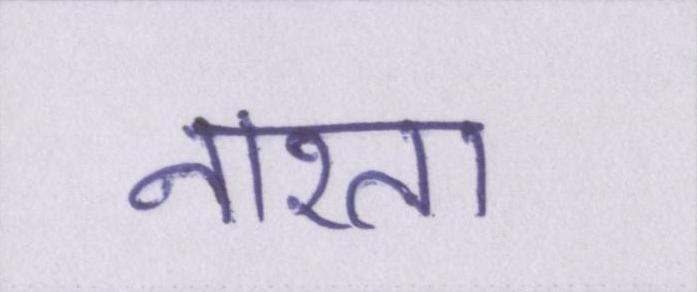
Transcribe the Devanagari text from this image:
नाश्ता